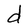
Character: d